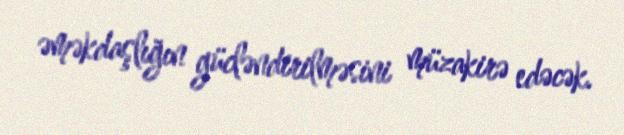
əməkdaşlığın gücləndirilməsini müzakirə edəcək.